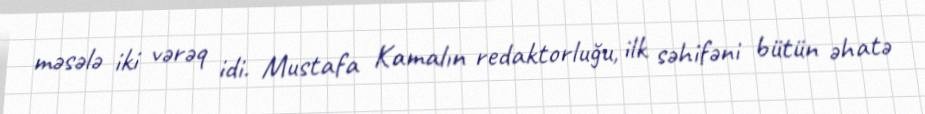
məsələ iki vərəq idi. Mustafa Kamalın redaktorluğu, ilk səhifəni bütün əhatə